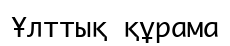
Ұлттық құрама